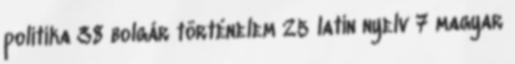
politika 38 bolgár történelem 25 latin nyelv 7 magyar